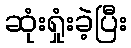
ဆုံးရှုံးခဲ့ပြီး